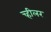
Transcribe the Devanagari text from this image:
च्हीलर